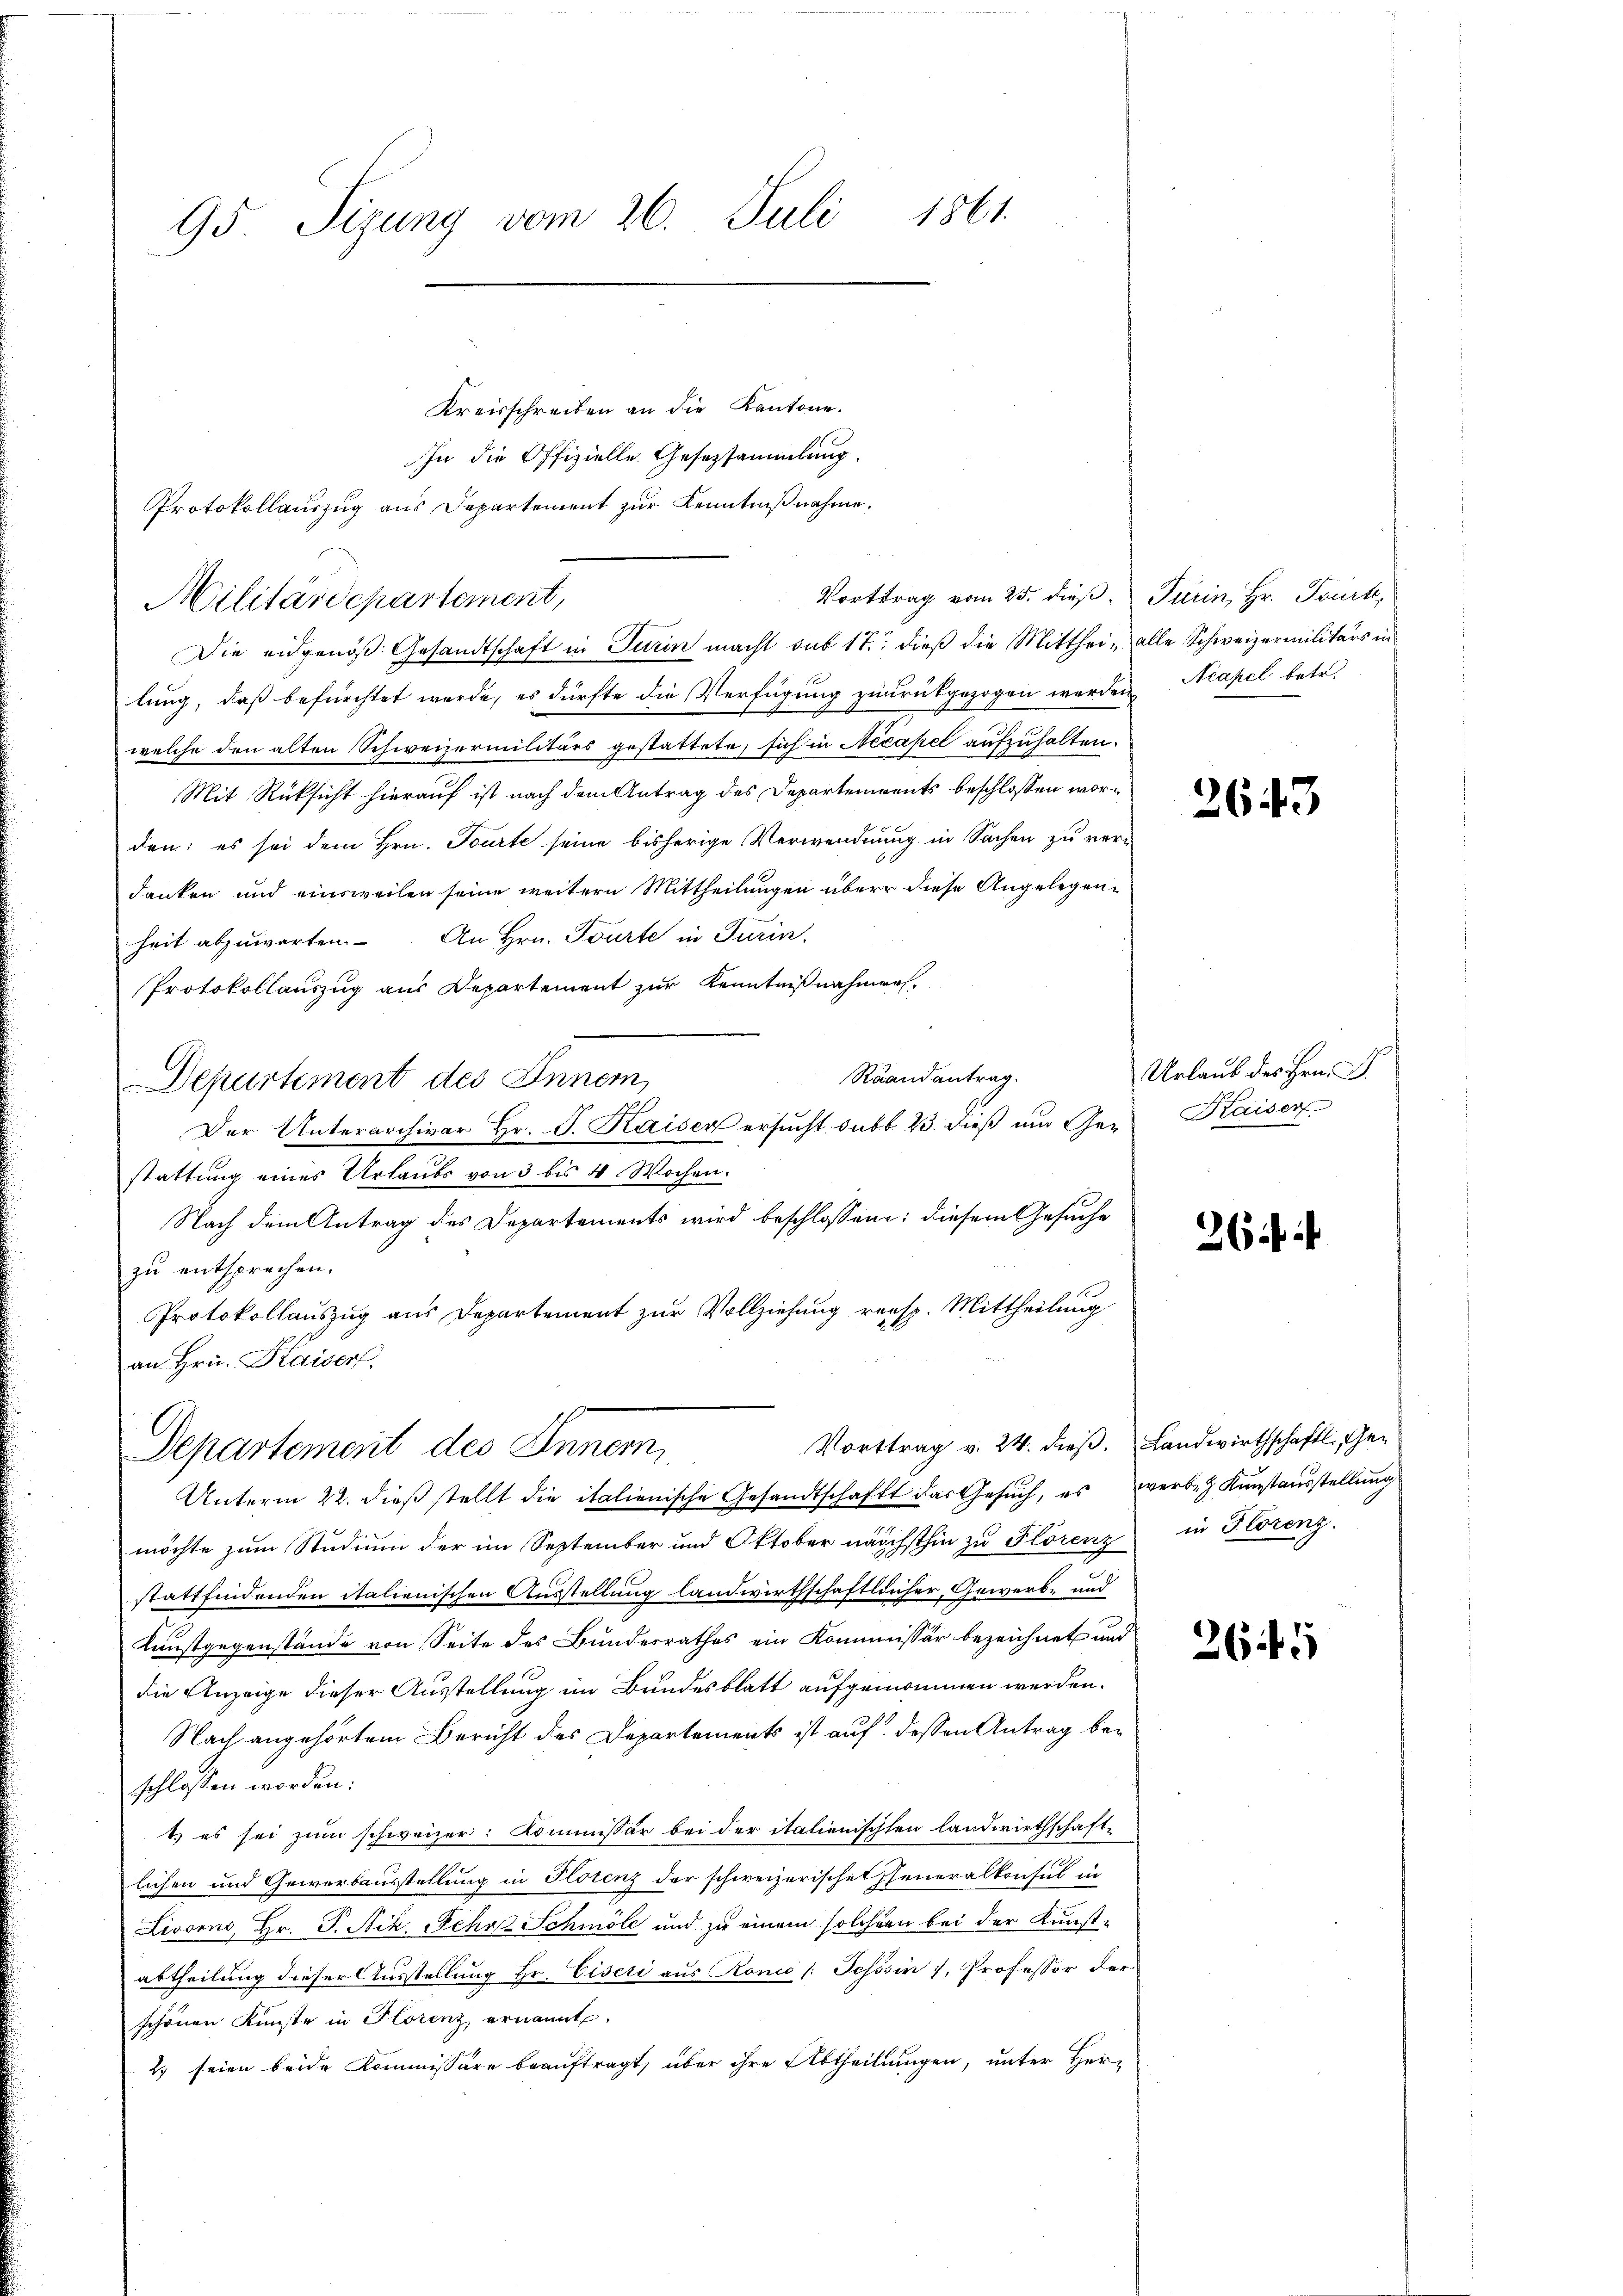
95. Segung vom 26. Juli 1861.

Kreisschreiben an die Kantone.
In die Offizielle Gesetzsammlung.
Protokollauszug aus Departement zur Kenntnißnahme.
Die eidgenoß. Gesandtschaft in Turin macht sub 17, dieß die Mitthei- alle Schweizermilitärs in
lung, daß befürchtet werde, es dürfte die Verfügung zurückgezogen werden
welche den alten Schweizermilitärs gestattete, sich in Necapel aufzuhalten.
Mit Rücksicht hierauf ist nach dem Antrag des Departements beschlossen worden: es sei dem Hrn. Tourte seine bisherige Verwandnung in Sachen zu verdanken und einsweilen seine weitern Mittheilungen über diese Angelegenheit abzuwarten. An Hrn. Tourte in Turin,
Protokollauszug aus Departement zur Kenntnißnahmen.
Raandantrag.
Departement des Innern
Der Unterarchivar Hr. J. Kaisen ersucht, sub b. 23. dieß um Gestattung eines Urlaubs von 3 bis 4 Wochen.
Nach dem Antrag des Departements wird beschlossen: diesem Gesuche
zu entsprechen.
Protokollauszug aus Departement zur Vollziehung versp. Mittheilung
an Hrn. Kaisers.
Vorttrag v. 24. dieß. Landwirthschaft, Ge¬
Departement des Inner,
Unterm 22. dieß stellt die italienische Gesandtschaft das Gesuch, es werb & Kunstausstellung
möchte zum Studium der im September und Oktober nächsthin zŭ Florenz in Florenz.
stattfindenden italienischen Ausstellung landwirthschaftlicher, Gewerb- und
Kunstgegenstände von Seite des Bundesrathes ein Kommissär bezeichnet und
die Anzeige dieser Ausstellung im Bundesblatt aufgenommen werden.
Nach angehörtem Bericht des Departements ist auf dessen Antrag beschlossen worden:
t es sei zum schweizer: Kommissär bei der italienischen Landwirthschafte
lichen und Gewerbausstellung in Florenz der schweizerischeteneralkonsul in
Livorno, Hr. P. Nik. Sehr Schmölc und zu einem solchern bei der Kunst-
abtheilung dieser Ausstellung Hr. Eiseri aus Ronio (Tessin, Professor der
schönen Künste in Florenz ernannt.
2) seien beide Kommissäre beauftragt, über ihre Abtheilungen, unter Her-

Vorttrag vom 25. dieß. Turin, Hr. Tourt,
Militärdepartement,

Neapel betr.

2643

Urlaub des Hrn. F.
Kaiser

26 i

2645